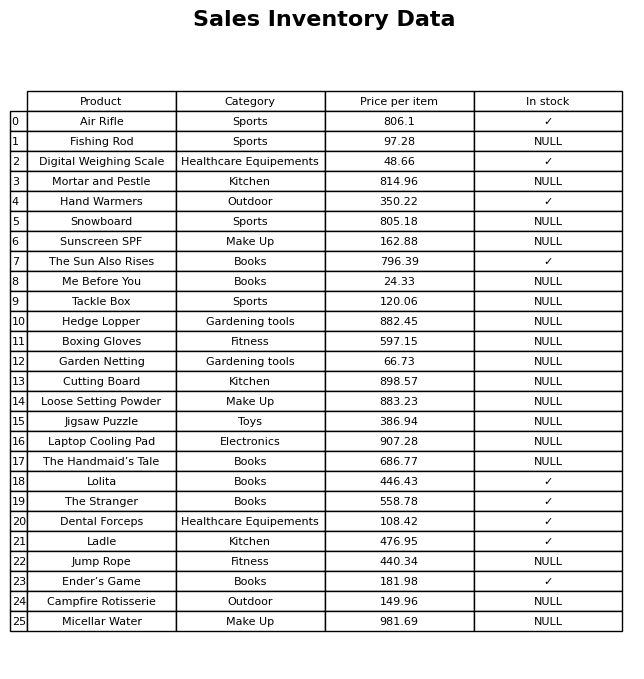
question: What is the stock status of the Ladle?
answer: ✓